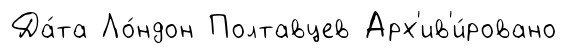
Да́та Ло́ндон Полтавцев Арх'ив'и́ровано